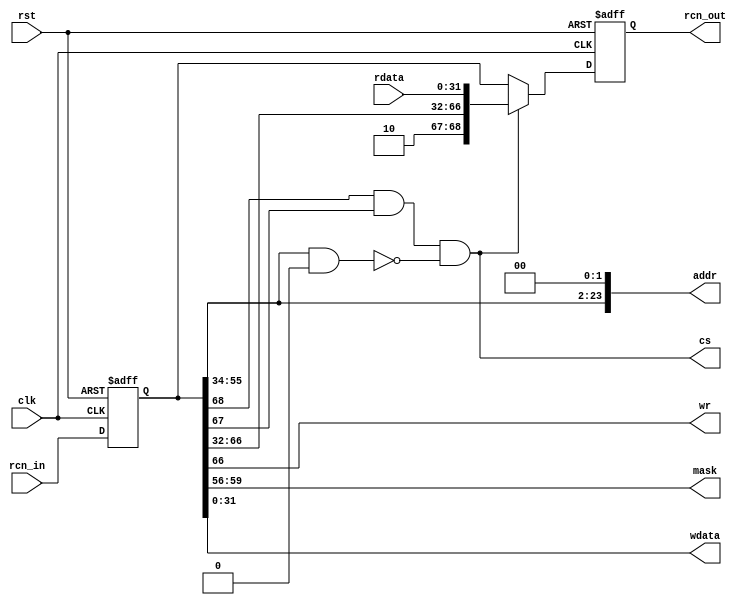
module rcn_slave_fast
(
    input rst,
    input clk,

    input [68:0] rcn_in,
    output [68:0] rcn_out,

    output cs,
    output wr,
    output [3:0] mask,
    output [23:0] addr,
    output [31:0] wdata,
    input [31:0] rdata
);
    parameter ADDR_MASK = 0;
    parameter ADDR_BASE = 1;

    reg [68:0] rin;
    reg [68:0] rout;

    assign rcn_out = rout;

    wire [23:0] my_mask = ADDR_MASK;
    wire [23:0] my_base = ADDR_BASE;

    wire my_req = rin[68] && rin[67] && ((rin[55:34] & my_mask[23:2]) == my_base[23:2]);

    wire [68:0] my_resp;

    always @ (posedge clk or posedge rst)
        if (rst)
        begin
            rin <= 68'd0;
            rout <= 68'd0;
        end
        else
        begin
            rin <= rcn_in;
            rout <= (my_req) ? my_resp : rin;
        end

    assign cs = my_req;
    assign wr = rin[66];
    assign mask = rin[59:56];
    assign addr = {rin[55:34], 2'd0};
    assign wdata = rin[31:0];

    assign my_resp = {1'b1, 1'b0, rin[66:32], rdata};

endmodule